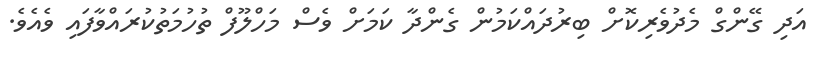
އަދި ގޭންގް މެދުވެރިކޮށް ބިރުދައްކަމުން ގެންދާ ކަމަށް ވެސް މަހްލޫފް ތުހުމަތުކުރައްވާފައި ވެއެވެ.